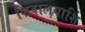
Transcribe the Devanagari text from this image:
शिवालयाशि